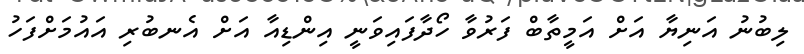
ލިބުނު އަނިޔާ އަށް އަމީތާބް ފަރުވާ ހޯދާފައިވަނީ އިންޑިއާ އަށް އެނބުރި އައުމަށްފަހު